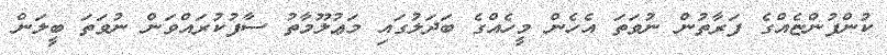
ކުންފުންޏެއްގެ ފަރާތުން ނުވަތަ އެހެން މީހެއްގެ ބަދަލުގައި މަޢުލޫމާތު ސާފުކުރައްވަން ނުވަތަ ބީލަން